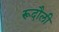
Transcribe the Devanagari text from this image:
रूदौली